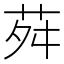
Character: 荈